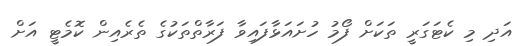
އަދި މި ކެޓަގަރީ ތަކަށް ފޯމު ހުށައަޅާފައިވާ ފަރާތްތަކުގެ ތެރެއިން ކޮމެޓީ އަށް